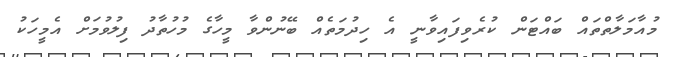
މުއާމަލާތްތައް ބައްޓަން ކުރެވިފައިވާނީ އެ ހިދުމަތެއް ބޭނުންވާ މީހާގެ މުހުތާދު ފިލުވުމަށް އެމީހަކު